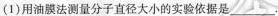
(1)用油膜法测量分子直径大小的实验依据是___.